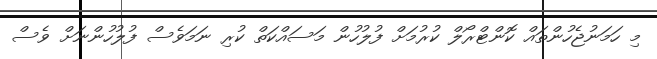
މި ހަމަނުޖެހުންތައް ކޮންޓްރޯލް ކުރުމަށް ފުލުހުން މަސައްކަތް ކުރި ނަމަވެސް ފުލުހުންނަށް ވެސް